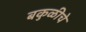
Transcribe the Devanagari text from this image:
बकुळीचे